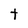
Character: t